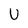
Character: U